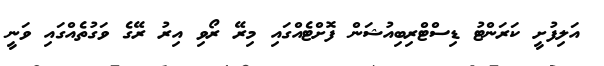
އަލިފުށީ ކަރަންޓު ޑިސްޓްރިބިއުޝަން ފޮށްޓެއްގައި މިރޭ ރޯވި އިރު ރޭގެ ވަގުތެއްގައި ވަނީ